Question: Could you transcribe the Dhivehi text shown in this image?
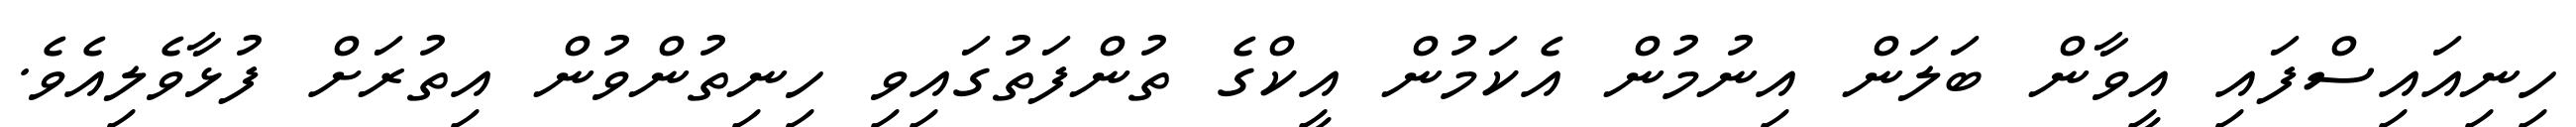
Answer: ހިނިއައިސްފައި އީވާން ބަލަން އިނުމުން އެކަމުން އީކްގެ ތުންފަތުގައިވި ހިނިތުންވުން އިތުރަށް ފުޅާވެލިއެވެ.